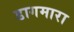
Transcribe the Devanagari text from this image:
डागमारा